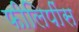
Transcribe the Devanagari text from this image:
फीलिपींस